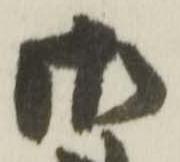
御